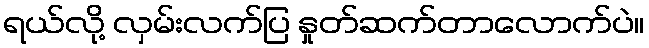
ရယ်လို့ လှမ်းလက်ပြ နှုတ်ဆက်တာလောက်ပဲ။